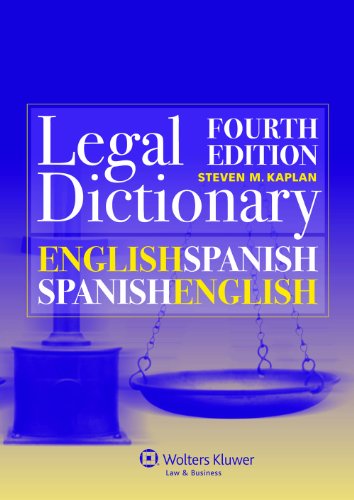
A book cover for English/Spanish and Spanish/English Legal Dictionary (English and Spanish Edition); Steven M. Kaplan; Law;